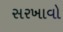
સરખાવો